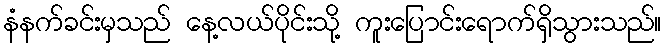
နံနက်ခင်းမှသည် နေ့လယ်ပိုင်းသို့ ကူးပြောင်းရောက်ရှိသွားသည်။